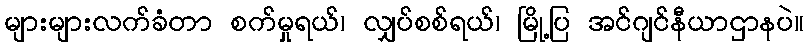
များများလက်ခံတာ စက်မှုရယ်၊ လျှပ်စစ်ရယ်၊ မြို့ပြ အင်ဂျင်နီယာဌာနပဲ။